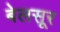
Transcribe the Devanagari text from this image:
बेलसूर